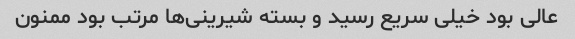
عالی بود خیلی سریع رسید و بسته شیرینی‌ها مرتب بود ممنون